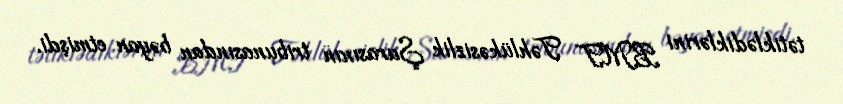
tətiklədiklərini BMT Təhlükəsizlik Şurasının tribunasından bəyan etmişdi.